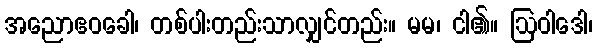
အညောဧဝခေါ၊ တစ်ပါးတည်းသာလျှင်တည်း။ မမ၊ ငါ၏။ ဩဝါဒေါ၊